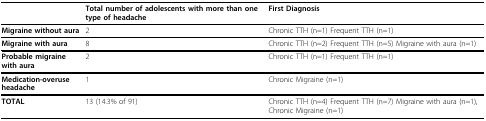
<table><thead><tr><td></td><td><b>Total number of adolescents with more than one type of headache</b></td><td><b>First Diagnosis</b></td></tr></thead><tbody><tr><td><b>Migraine without aura</b></td><td>2</td><td>Chronic TTH (n=1) Frequent TTH (n=1)</td></tr><tr><td><b>Migraine with aura</b></td><td>8</td><td>Chronic TTH (n=2) Frequent TTH (n=5) Migraine with aura (n=1)</td></tr><tr><td><b>Probable migraine with aura</b></td><td>2</td><td>Chronic TTH (n=1) Frequent TTH (n=1)</td></tr><tr><td><b>Medication-overuse headache</b></td><td>1</td><td>Chronic Migraine (n=1)</td></tr><tr><td><b>TOTAL</b></td><td>13 (14.3% of 91)</td><td>Chronic TTH (n=4) Frequent TTH (n=7) Migraine with aura (n=1), Chronic Migraine (n=1)</td></tr></tbody></table>